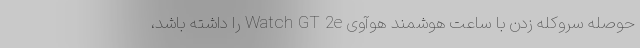
حوصله سروکله زدن با ساعت هوشمند هوآوی Watch GT 2e را داشته باشد،